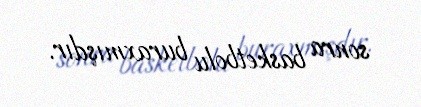
sonra basketbolu buraxmışdır.